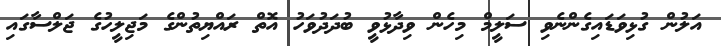
އަލުން ގުޅިވަޑައިގެންނެވި ސަލީމް މިހެން ވިދާޅުވީ ބުދަދުވަހު އޮތް ރައްޔިތުންގެ މަޖިލީހުގެ ޖަލްސާގައި